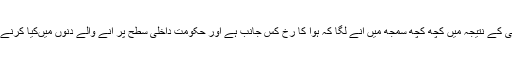
اس کارروائی کے نتیجہ میں کچھ کچھ سمجھ میں آنے لگا کہ ہوا کا رخ کس جانب ہے اور حکومت داخلی سطح پر آنے والے دنوں میںکیا کرنے جارہی ہے۔